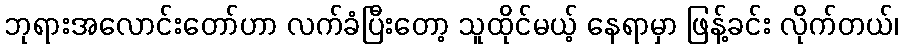
ဘုရားအလောင်းတော်ဟာ လက်ခံပြီးတော့ သူထိုင်မယ့် နေရာမှာ ဖြန့်ခင်း လိုက်တယ်၊